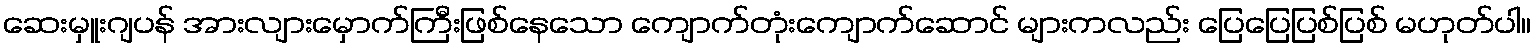
ဆေးမှူးဂျပန် အားလျားမှောက်ကြီးဖြစ်နေသော ကျောက်တုံးကျောက်ဆောင် များကလည်း ပြေပြေပြစ်ပြစ် မဟုတ်ပါ။